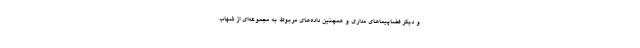
و دیگر فضاپیماهای مداری و همچنین داده‌های مربوط به مجموعه‌ای از شهاب